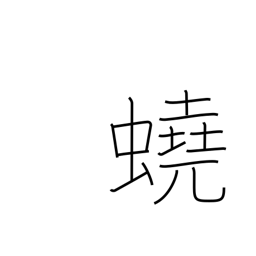
Meaning: intestinal worm